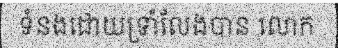
ទំនងដោយទ្រាំលែងបាន លោក